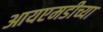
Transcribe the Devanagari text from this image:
आयएमडीच्या